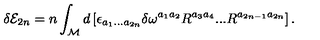
\delta { \cal E } _ { 2 n } = n \int _ { { \cal M } } d \left[ \epsilon _ { a _ { 1 } . . . a _ { 2 n } } \delta \omega ^ { a _ { 1 } a _ { 2 } } R ^ { a _ { 3 } a _ { 4 } } . . . R ^ { a _ { 2 n - 1 } a _ { 2 n } } \right] .